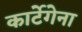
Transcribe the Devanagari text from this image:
कार्टेगेना